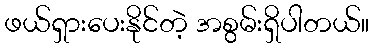
ဖယ်ရှားပေးနိုင်တဲ့ အစွမ်းရှိပါတယ်။